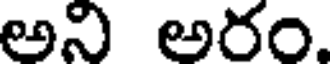
అని అరం.